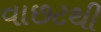
વાછટથી